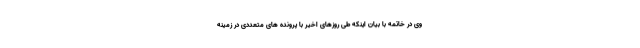
وی در خاتمه با بیان اینکه طی روزهای اخیر با پرونده های متعددی در زمینه